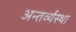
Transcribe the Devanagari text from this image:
अन्तर्व्यस्था